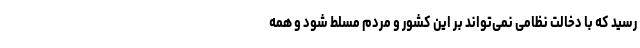
رسید که با دخالت نظامی نمی‌تواند بر این کشور و مردم مسلط شود و همه